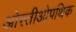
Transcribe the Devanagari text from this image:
ओस्तीओपथिक